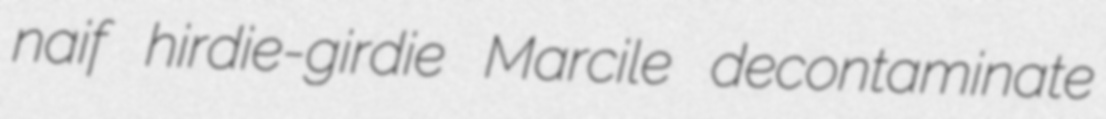
naif hirdie-girdie Marcile decontaminate